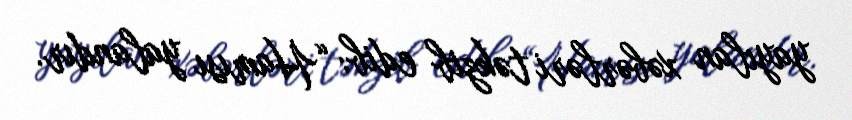
yayılan xəbərləri təkzib edib: “Hamısı yalandır.